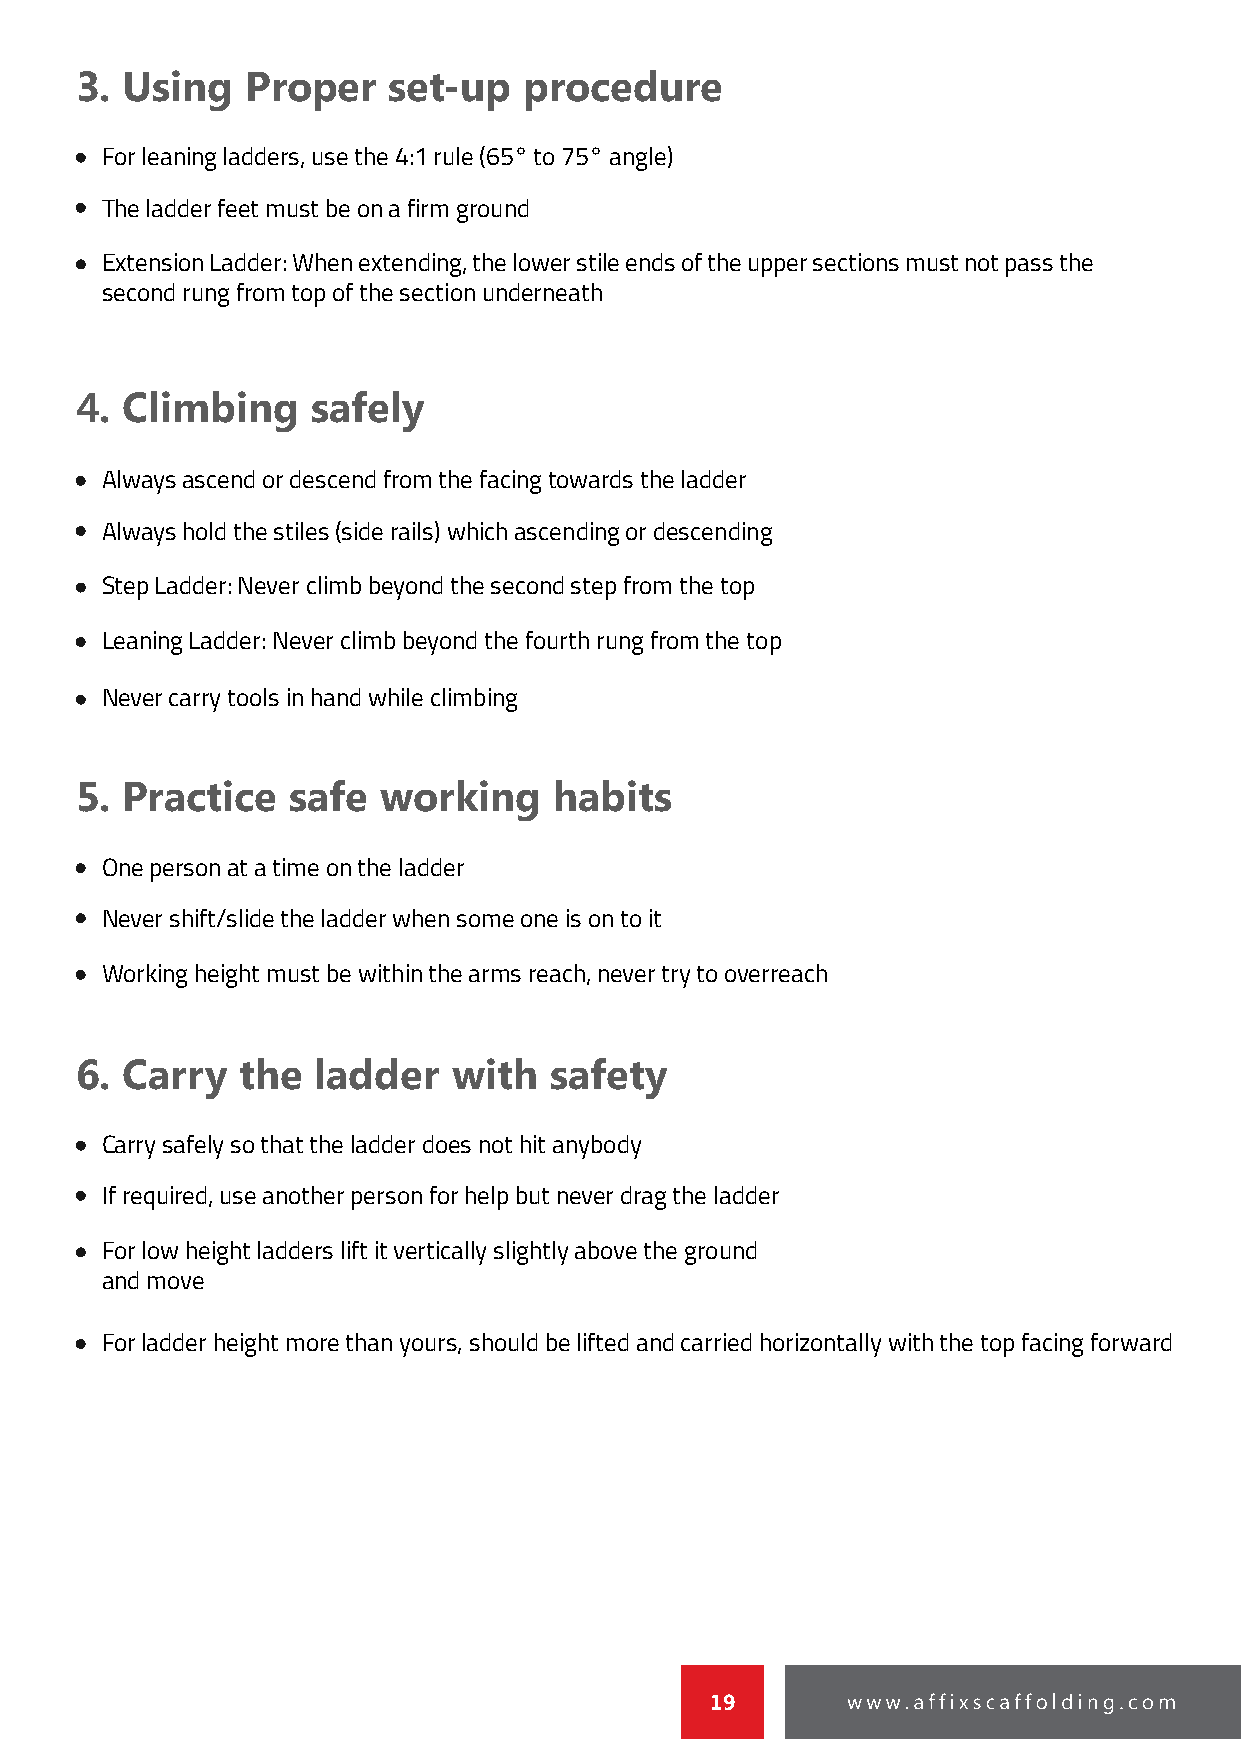
3. Using   Proper    set-up   procedure
 FFoorr lleeaanniinngg llaaddddeerrss,, uussee tthhee 44::11 rruullee ((6655°° ttoo 7755°° aannggllee))
 TThhee llaaddddeerr ffeeeett mmuusstt bbee oonn aa ffiirrmm ggrroouunndd
 EExxtteennssiioonn LLaaddddeerr:: WWhheenn eexxtteennddiinngg,, tthhee lloowweerr ssttiillee eennddss ooff tthhee uuppppeerr sseeccttiioonnss mmuusstt nnoott ppaassss tthhee
 sseeccoonndd rruunngg ffrroomm ttoopp ooff tthhee sseeccttiioonn uunnddeerrnneeaatthh
 4. Climbing     safely
 AAllwwaayyss aasscceenndd oorr ddeesscceenndd ffrroomm tthhee ffaacciinngg ttoowwaarrddss tthhee llaaddddeerr
 AAllwwaayyss hhoolldd tthhee ssttiilleess ((ssiiddee rraaiillss)) wwhhiicchh aasscceennddiinngg oorr ddeesscceennddiinngg
 SStteepp LLaaddddeerr:: NNeevveerr cclliimmbb bbeeyyoonndd tthhee sseeccoonndd sstteepp ffrroomm tthhee ttoopp
 LLeeaanniinngg LLaaddddeerr:: NNeevveerr cclliimmbb bbeeyyoonndd tthhee ffoouurrtthh rruunngg ffrroomm tthhee ttoopp
 NNeevveerr ccaarrrryy ttoooollss iinn hhaanndd wwhhiillee cclliimmbbiinngg
 5. Practice   safe  working     habits
 OOnnee ppeerrssoonn aatt aa ttiimmee oonn tthhee llaaddddeerr
 NNeevveerr sshhiifftt//sslliiddee tthhee llaaddddeerr wwhheenn ssoommee oonnee iiss oonn ttoo iitt
 WWoorrkkiinngg hheeiigghhtt mmuusstt bbee wwiitthhiinn tthhee aarrmmss rreeaacchh,, nneevveerr ttrryy ttoo oovveerrrreeaacchh
 6. Carry   the  ladder   with  safety
 CCaarrrryy ssaaffeellyy ssoo tthhaatt tthhee llaaddddeerr ddooeess nnoott hhiitt aannyybbooddyy
 IIff rreeqquuiirreedd,, uussee aannootthheerr ppeerrssoonn ffoorr hheellpp bbuutt nneevveerr ddrraagg tthhee llaaddddeerr
 FFoorr llooww hheeiigghhtt llaaddddeerrss lliifftt iitt vveerrttiiccaallllyy sslliigghhttllyy aabboovvee tthhee ggrroouunndd
 aanndd mmoovvee
 FFoorr llaaddddeerr hheeiigghhtt mmoorree tthhaann yyoouurrss,, sshhoouulldd bbee lliifftteedd aanndd ccaarrrriieedd hhoorriizzoonnttaallllyy wwiitthh tthhee ttoopp ffaacciinngg ffoorrwwaarrdd
 19